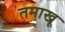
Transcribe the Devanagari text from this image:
तमाखू